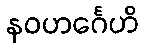
နဝဟင်္ဂေဟိ